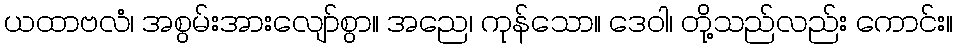
ယထာဗလံ၊ အစွမ်းအားလျော်စွာ။ အညေ၊ ကုန်သော။ ဒေဝါ၊ တို့သည်လည်း ကောင်း။